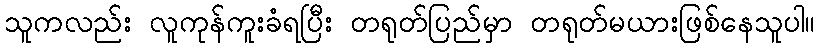
သူကလည်း လူကုန်ကူးခံရပြီး တရုတ်ပြည်မှာ တရုတ်မယားဖြစ်နေသူပါ။